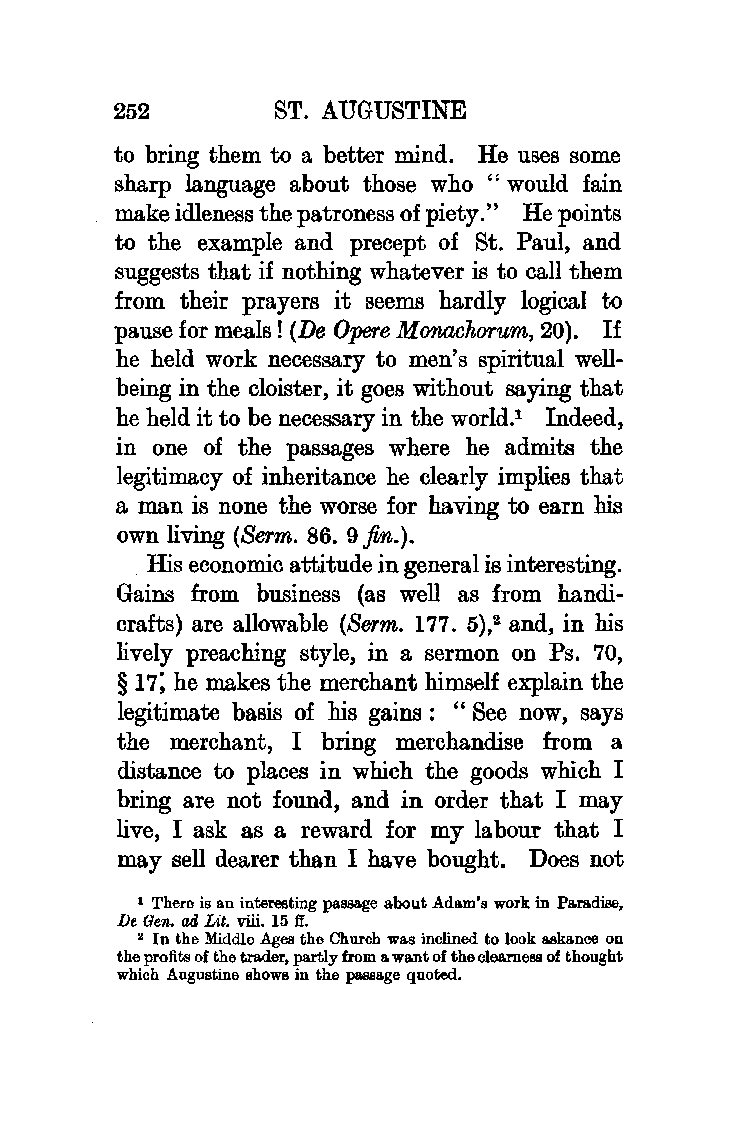
252       ST. AUGUSTINE
 to bring them to a better mind. He uses some
 sharp language about those who "would fain
 make idleness the patroness of piety." He points
 to the example and precept of St. Paul, and
 suggests that if nothing whatever is to call them
 from their prayers it seems hardly logical to
 pause for meals! (De Opere Monachorum, 20). If
 he held work necessary to men's spiritual well
 being in the cloister, it goes without saying that
 he held it to be necessary in the world.1 Indeed,
 in one of the passages where he admits the
 legitimacy of inheritance he clearly implies that
 a man is none the worse for having to earn his
 own living (Berm. 86. 9 fin.).
 His economic attitude in general is intieresting.
 Gains from business (as well as from handi
 crafts) are allowable (Berm. 177. 5),2 and, in his
 lively preaching style, in a sermon on Ps. 70,
 § 11; he makes the merchant himself explain the
 legitimate basis of his gains : "See now, says
 the merchant, I bring merchandise from a
 distance to places in which the goods which I
 bring are not found, and in order that I may
 live, I ask as a reward for my labour that I
 may sell dearer than I have bought. Does not
 1 There is an interesting passage about Adam's work in Paradise,
 De Gen. cul Lit. viii. 15 ff.
 2 In the Middle Agee the Church was inclined to look askance on
 the profits of the trader, partly from a. want of the clearne!!S of thought
 which Augustine shows in the passage quoted.